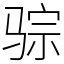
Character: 骔